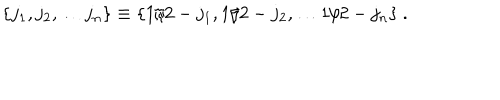
\{ j _ { 1 } , j _ { 2 } , \dots j _ { n } \} \equiv \{ 1 / 2 - j _ { 1 } , 1 / 2 - j _ { 2 } , \dots 1 / 2 - j _ { n } \} \ .